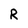
Character: R